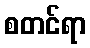
စတင်ရာ